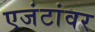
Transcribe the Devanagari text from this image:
एजंटांवर